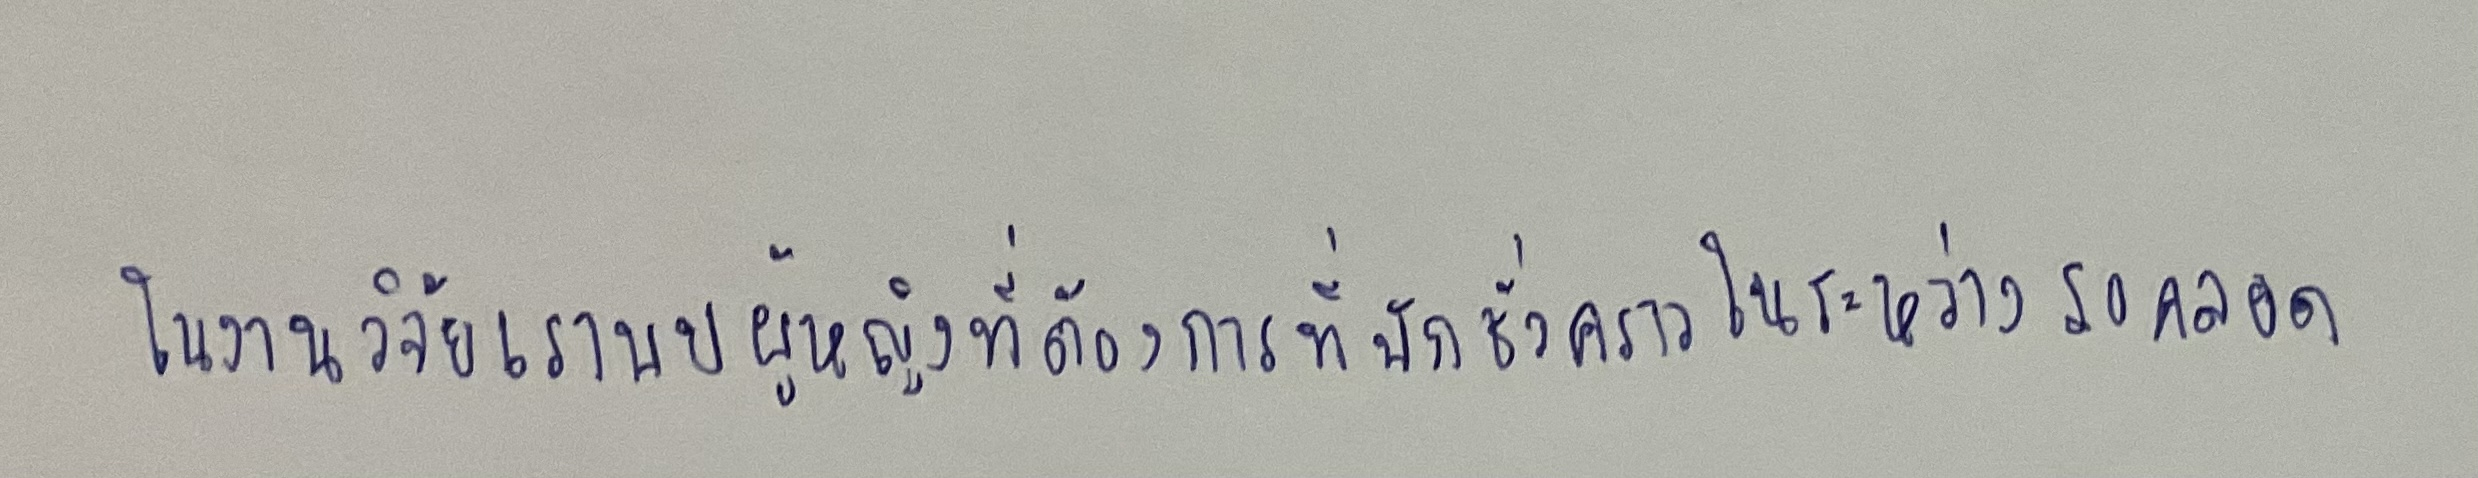
ในงานวิจัยเราพบผู้หญิงที่ต้องการที่พักชั่วคราวในระหว่างรอคลอด